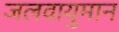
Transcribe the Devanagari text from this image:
जलवायुमान